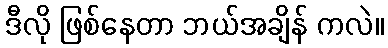
ဒီလို ဖြစ်နေတာ ဘယ်အချိန် ကလဲ။